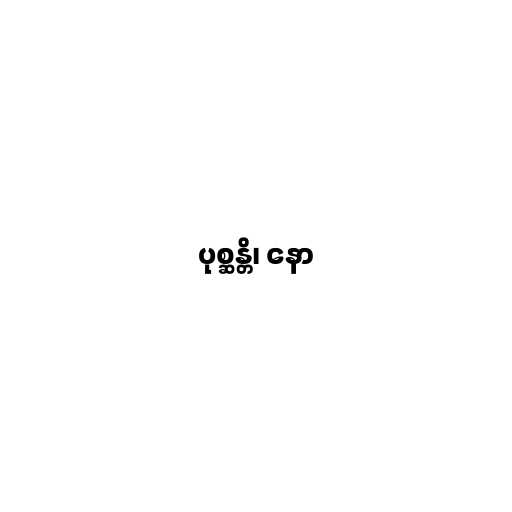
ပုစ္ဆန္တိ၊ နော